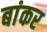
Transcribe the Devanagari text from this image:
बांकर